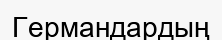
Германдардың